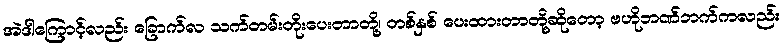
အဲဒါကြောင့်လည်း ခြောက်လ သက်တမ်းတိုးပေးတာတို့၊ တစ်နှစ် ပေးထားတာတို့ဆိုတော့ ဗဟိုဘဏ်ဘက်ကလည်း